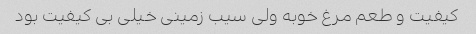
کیفیت و طعم مرغ خوبه ولی سیب زمینی خیلی بی کیفیت بود